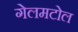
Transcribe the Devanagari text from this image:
गेलमटोल